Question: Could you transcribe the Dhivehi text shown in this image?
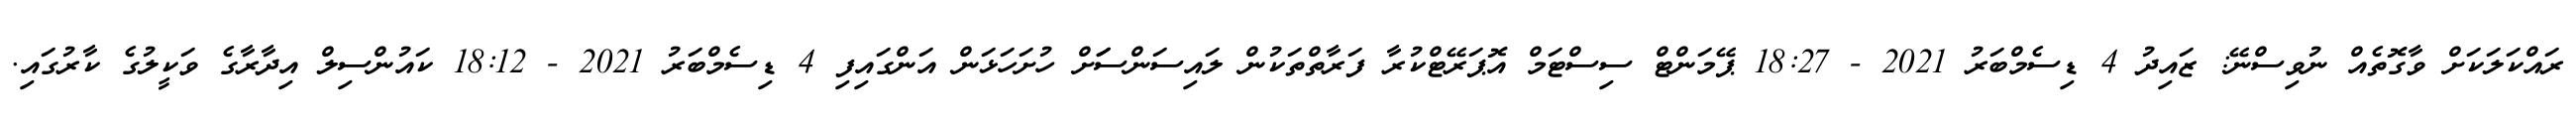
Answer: ރައްކަލަކަށް ވާގޮތެއް ނުވިސްނޭ: ޒައިދު 4 ޑިސެމްބަރު 2021 - 18:27 ޕޭމަންޓް ސިސްޓަމް އޮޕަރޭޓްކުރާ ފަރާތްތަކުން ލައިސަންސަަށް ހުށަހަޅަން އަންގައިފި 4 ޑިސެމްބަރު 2021 - 18:12 ކައުންސިލް އިދާރާގެ ވަކީލުގެ ކާރުގައި.